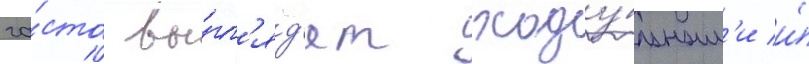
ча́сто вы́гл'яд'ят ходу́льным'и и́